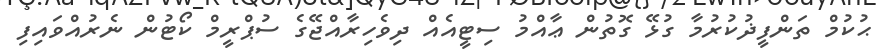
ޙުކުމް ތަންފީޛުކުރުމާ ގުޅޭ ގޮތުން ޢާއްމު ސިޓީއެއް ދިވެހިރާއްޖޭގެ ސުޕްރީމް ކޯޓުން ނެރުއްވައިފި